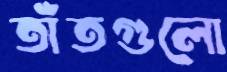
তাঁতগুলো